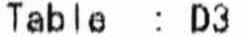
TABLE: 03